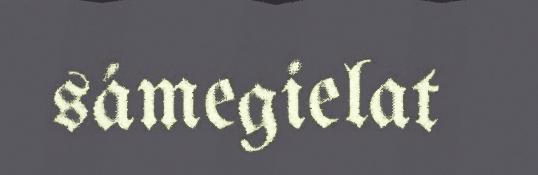
sámegielat